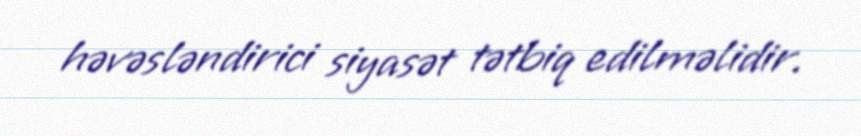
həvəsləndirici siyasət tətbiq edilməlidir.